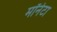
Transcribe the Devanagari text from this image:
मॉनेटा